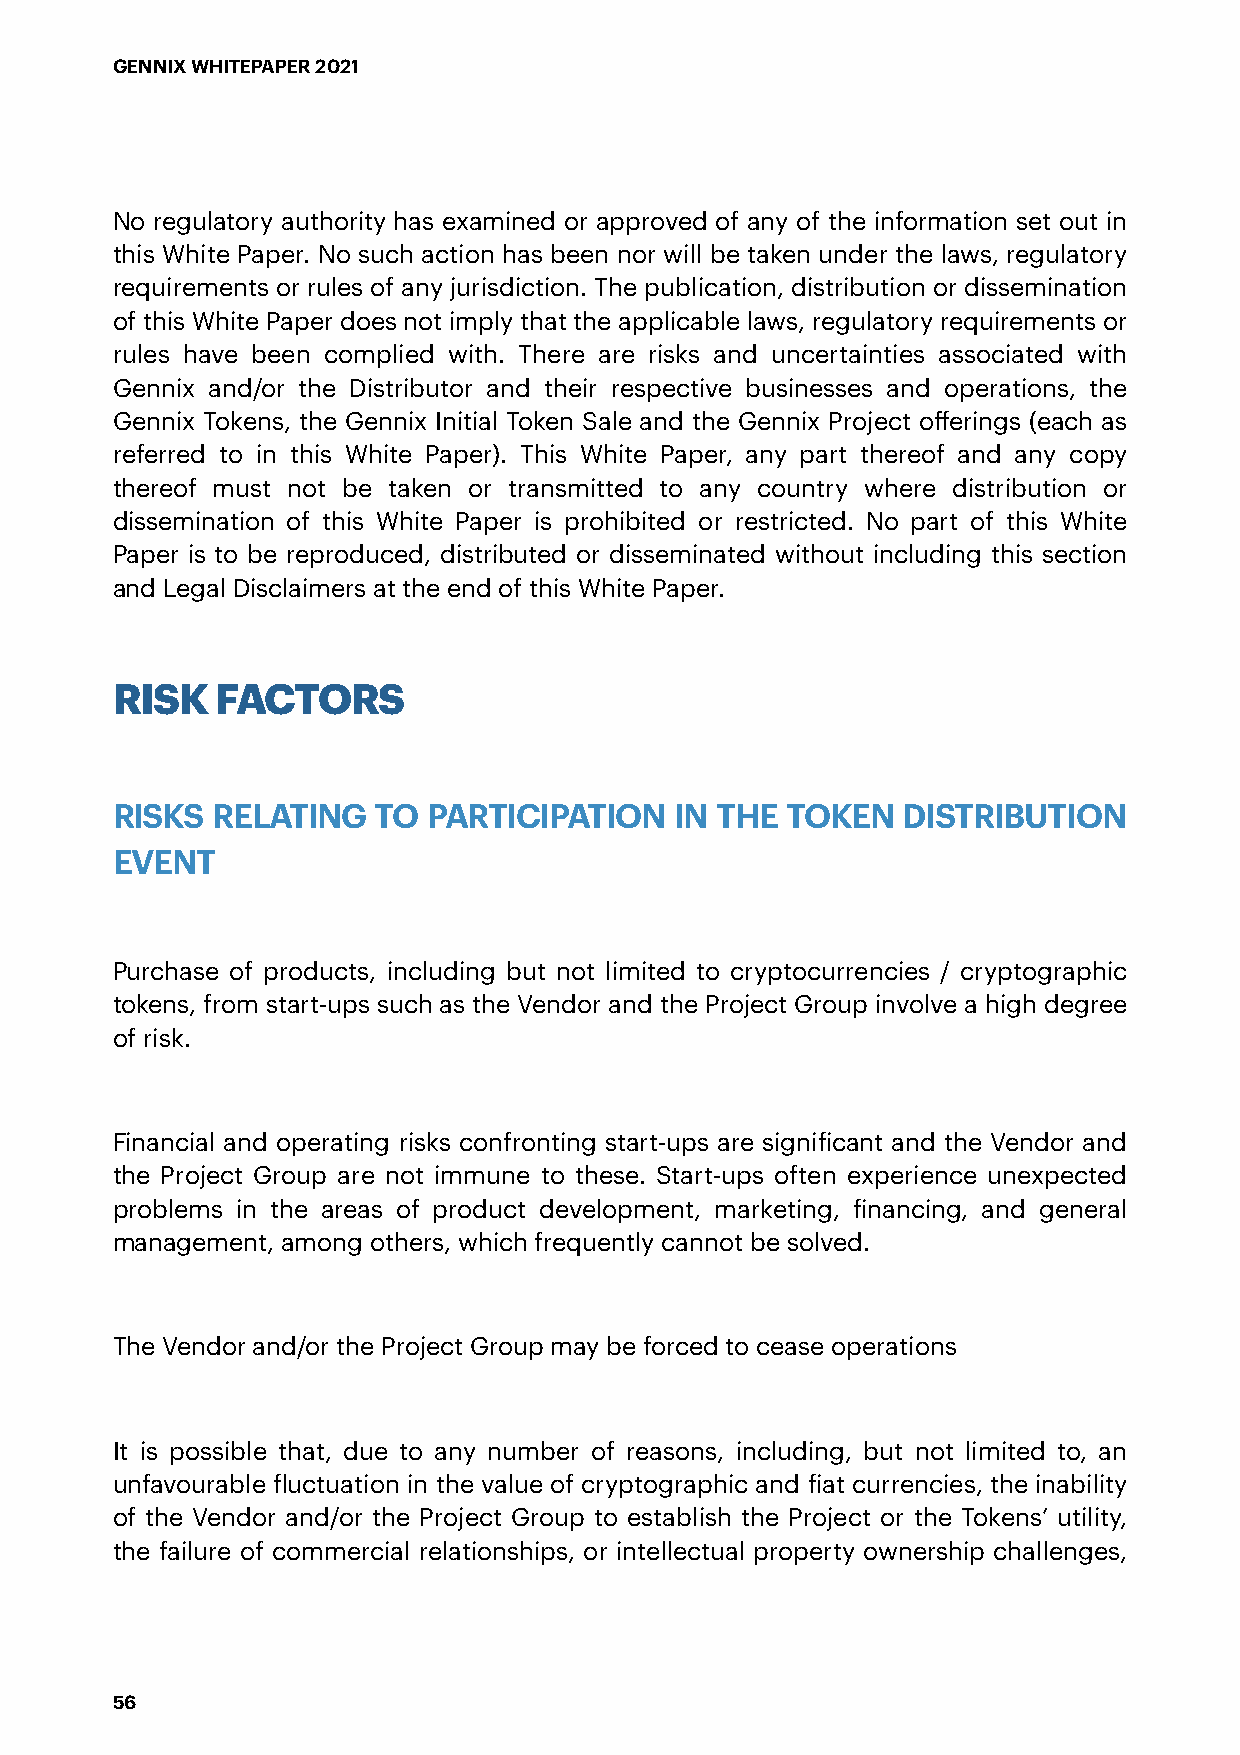
GENNIX WHITEPAPER 2021
 No regulatory authority has examined or approved of any of the information set out in
 this White Paper. No such action has been nor will be taken under the laws, regulatory
 requirements or rules of any jurisdiction. The publication, distribution or dissemination
 of this White Paper does not imply that the applicable laws, regulatory requirements or
 rules have been complied with. There are risks and uncertainties associated with
 Gennix and/or the Distributor and their respective businesses and operations, the
 Gennix Tokens, the Gennix Initial Token Sale and the Gennix Project offerings (each as
 referred to in this White Paper). This White Paper, any part thereof and any copy
 thereof must not be taken or transmitted to any country where distribution or
 dissemination of this White Paper is prohibited or restricted. No part of this White
 Paper is to be reproduced, distributed or disseminated without including this section
 and Legal Disclaimers at the end of this White Paper.
 RISK   FACTORS
 RISKS  RELATING   TO PARTICIPATION    IN THE TOKEN   DISTRIBUTION
 EVENT
 Purchase of products, including but not limited to cryptocurrencies / cryptographic
 tokens, from start-ups such as the Vendor and the Project Group involve a high degree
 of risk.
 Financial and operating risks confronting start-ups are significant and the Vendor and
 the Project Group are not immune to these. Start-ups often experience unexpected
 problems in the areas of product development, marketing, financing, and general
 management, among others, which frequently cannot be solved.
 The Vendor and/or the Project Group may be forced to cease operations
 It is possible that, due to any number of reasons, including, but not limited to, an
 unfavourable fluctuation in the value of cryptographic and fiat currencies, the inability
 of the Vendor and/or the Project Group to establish the Project or the Tokens’ utility,
 the failure of commercial relationships, or intellectual property ownership challenges,
 56